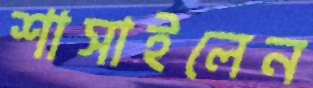
শাসাইলেন